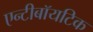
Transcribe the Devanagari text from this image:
एन्टीबॉयटिक